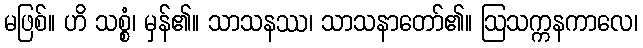
မဖြစ်။ ဟိ သစ္စံ၊ မှန်၏။ သာသနဿ၊ သာသနာတော်၏။ ဩသက္ကနကာလေ၊